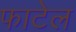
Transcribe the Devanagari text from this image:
फाटेल